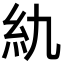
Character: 䊵